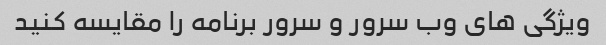
ویژگی های وب سرور و سرور برنامه را مقایسه کنید